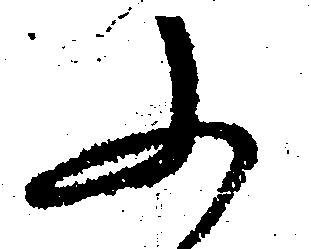
ふ